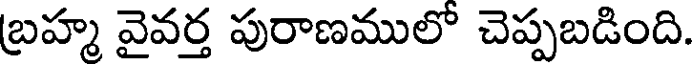
బ్రహ్మ వైవర్త పురాణములో చెప్పబడింది.